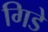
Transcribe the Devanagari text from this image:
गिडे